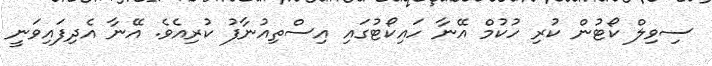
ސިވިލް ކޯޓުން ކުރި ހުކުމް އޭނާ ހައިކޯޓުގައި އިސްތިއުނާފު ކުރިއެވެ. އޭނާ އެދިފައިވަނީ